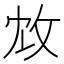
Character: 𢼈